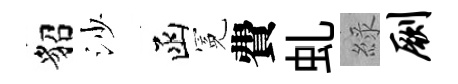
貂沙函冕費虬綠劂